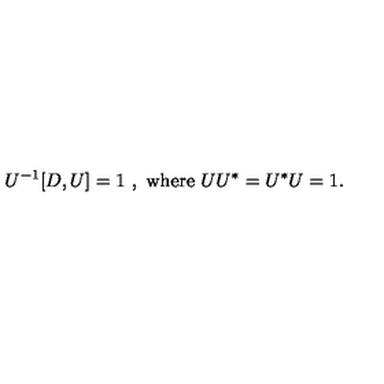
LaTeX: U ^ { - 1 } [ D , U ] = 1 \ , \ \mathrm { w h e r e } \ U U ^ { * } = U ^ { * } U = 1 .